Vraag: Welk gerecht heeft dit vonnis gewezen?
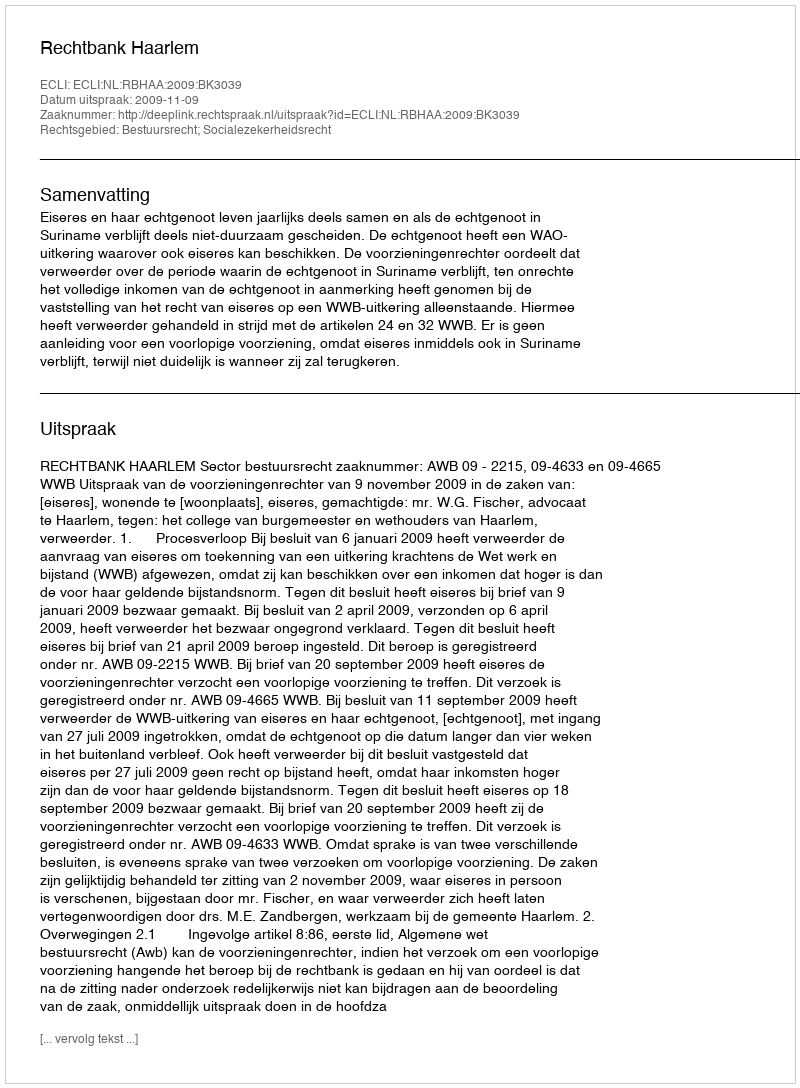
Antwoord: Rechtbank Haarlem